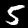
Label: 5